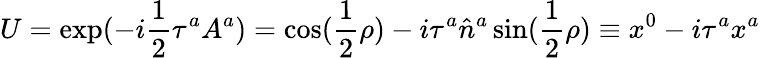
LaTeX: U=\exp(-i{\frac{1}{2}}\tau^{a}A^{a})=\cos({\frac{1}{2}}\rho)-i\tau^{a}\hat{n}^{a}\sin({\frac{1}{2}}\rho)\equiv x^{0}-i\tau^{a}x^{a}